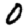
Digit: 0